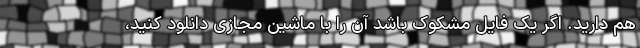
هم دارید. اگر یک فایل مشکوک باشد آن را با ماشین مجازی دانلود کنید،